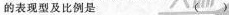
的表现型及比例是（）